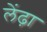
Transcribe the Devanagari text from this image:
लेंढ़ा